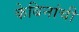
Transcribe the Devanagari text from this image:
केबिनांची